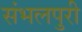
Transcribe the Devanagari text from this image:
संभलपुरी